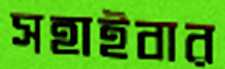
সহাইবার